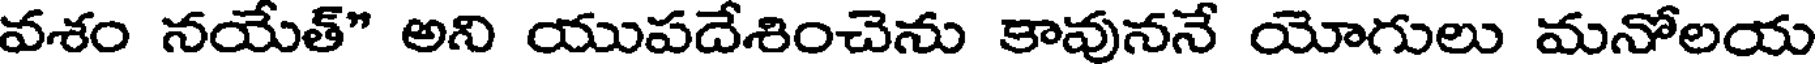
వశం నయేత్" అని యుపదేశించెను కావుననే యోగులు మనోలయ